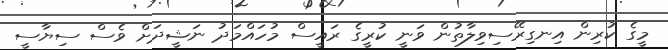
މީގެ ކުރިން އިނގިރޭސިވިލާތުން ވަނީ ކުރީގެ ރައީސް މުހައްމަދު ނަޝީދަށް ވެސް ސިޔާސީ